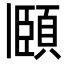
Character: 頥